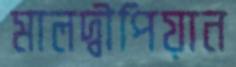
মালদ্বীপিয়ান